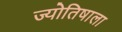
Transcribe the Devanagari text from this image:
ज्योतिषाला